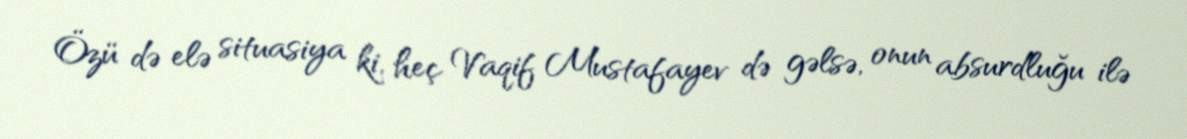
Özü də elə situasiya ki, heç Vaqif Mustafayev də gəlsə, onun absurdluğu ilə